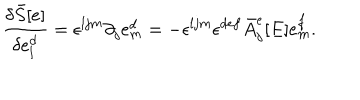
\frac { \delta { \bar { S } } [ e ] } { \delta e _ { l } ^ { d } } = \epsilon ^ { l j m } \partial _ { j } e _ { m } ^ { d } = - \epsilon ^ { l j m } \epsilon ^ { d e f } { \bar { A } } _ { j } ^ { e } [ E ] e _ { m } ^ { f } .